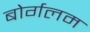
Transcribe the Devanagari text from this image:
बोर्गलम